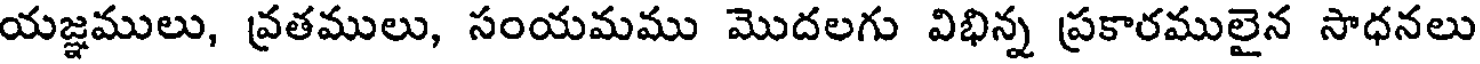
యజ్ఞములు, వ్రతములు, సంయమము మొదలగు విభిన్న ప్రకారములైన సాధనలు